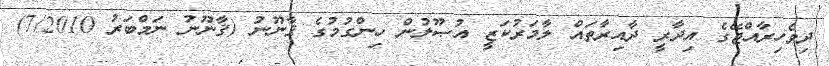
ދިވެހިރާއްޖޭގެ އިދާރީ ދާއިރާތައް ލާމަރުކަޒީ އުޞޫލުން ހިންގުމުގެ ޤާނޫނު (ޤާނޫނު ނަމްބަރު 7/2010)